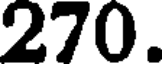
270.